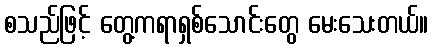
စသည်ဖြင့် တွေ့ကရာရှစ်သောင်းတွေ မေးသေးတယ်။